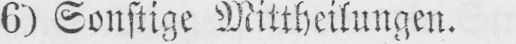
6) Sonstige Mittheilungen.